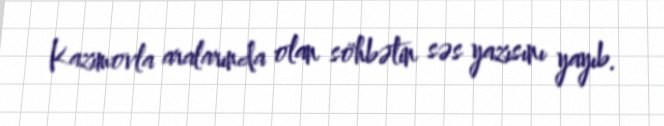
Kazımovla aralarında olan söhbətin səs yazısını yayıb.